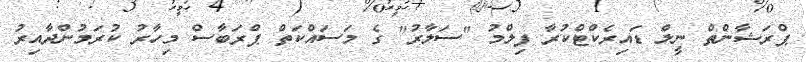
ޕްރަޝާންތް ނީލް ޑައިރެކްޓްކުރާ ފިލްމު "ސަލާރު" ގެ މަސައްކަތް ޕްރަބާސް މިހާރު ކުރަމުންދާއިރު